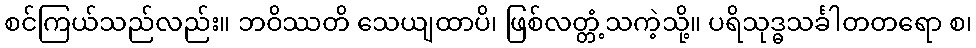
စင်ကြယ်သည်လည်း။ ဘဝိဿတိ သေယျထာပိ၊ ဖြစ်လတ္တံ့သကဲ့သို့။ ပရိသုဒ္ဓသင်္ခါတတရော စ၊